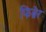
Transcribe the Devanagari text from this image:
फिब्रेर